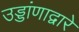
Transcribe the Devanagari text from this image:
उड्डांणाद्वारे